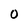
Character: O